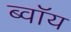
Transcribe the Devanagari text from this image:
ब्‍वॉय